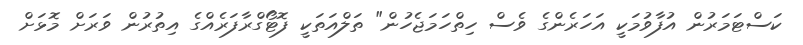
ކަސްޓަމަރުން އުފާވުމަކީ އަހަރެންގެ ވެސް ހިތްހަމަޖެހުން" ތަލްއަތަކީ ފޮޓޯގްރާފަރެއްގެ އިތުރުން ވަރަށް މޮޅަށް